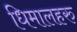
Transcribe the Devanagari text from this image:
धिमालहरु